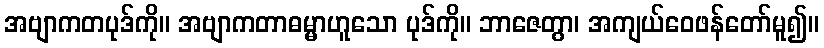
အဗျာကတပုဒ်ကို။ အဗျာကတာဓမ္မာဟူသော ပုဒ်ကို။ ဘာဇေတွာ၊ အကျယ်ဝေဖန်တော်မူ၍။